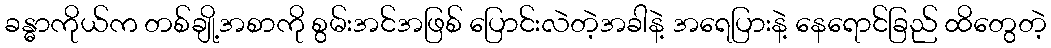
ခန္ဓာကိုယ်က တစ်ချို့အစာကို စွမ်းအင်အဖြစ် ပြောင်းလဲတဲ့အခါနဲ့ အရေပြားနဲ့ နေရောင်ခြည် ထိတွေတဲ့